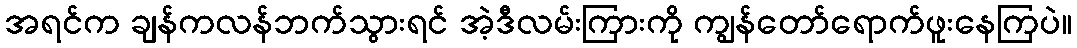
အရင်က ချန်ကလန်ဘက်သွားရင် အဲ့ဒီလမ်းကြားကို ကျွန်တော်ရောက်ဖူးနေကြပဲ။